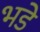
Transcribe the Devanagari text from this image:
भडे